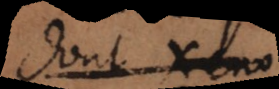
dont Xeno